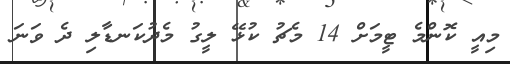
މިއީ ކޮންމެ ޓީމަށް 14 މެޗު ކުޅޭ ލީގު މެދުކަނޑާލި ދެ ވަނަ